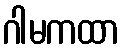
ဂါမကထာ